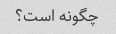
چگونه است؟